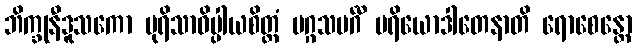
ဘိက္ခုနီဒူသကော ပုရိသာဓိပ္ပါယစိတ္တံ မဂ္ဂသမင်္ဂီ ပရိယောဒါတေနာတိ ရောစေန္တော